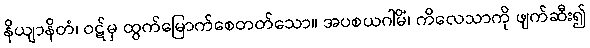
နိယျာနိတံ၊ ဝဋ်မှ ထွက်မြောက်စေတတ်သော။ အပစယဂါမိံ၊ ကိလေသာကို ဖျက်ဆီး၍